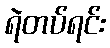
ရဲတပ်ရင်း